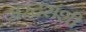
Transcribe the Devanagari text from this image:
सरदरांशी